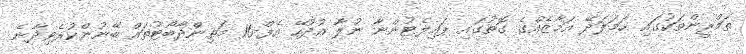
ތަމްރީންތަކުގައި ހަމަލަދޭ އަމާޒެއްގެ ގޮތުގައި ޕައިލެޓުންނާ ނުލާ އުދުހޭ އެފް-16 މަތިންދާބޯޓުތައް ބޭނުންކުރެވިދާނެ